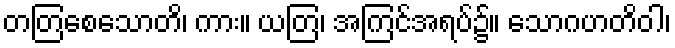
တတြစေသောတိ၊ ကား။ ယတြ၊ အကြင်အရပ်၌။ သောဂဟတိဝါ၊